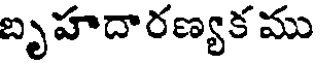
బృహదారణ్యక ము